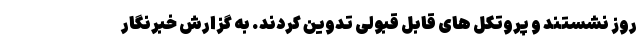
روز نشستند و پروتکل های قابل قبولی تدوین کردند. به گزارش خبرنگار